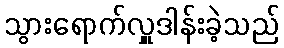
သွားရောက်လှူဒါန်းခဲ့သည်